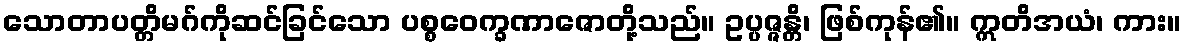
သောတာပတ္တိမဂ်ကိုဆင်ခြင်သော ပစ္စဝေက္ခဏာဇောတို့သည်။ ဥပ္ပဇ္ဇန္တိ၊ ဖြစ်ကုန်၏။ ဣတိအယံ၊ ကား။